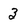
Character: 3